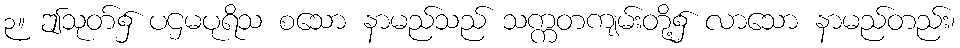
၃။ ဤသုတ်၌ ပဌမပုရိသ စသော နာမည်သည် သက္ကတကျမ်းတို့၌ လာသော နာမည်တည်း၊